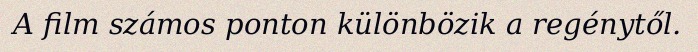
A film számos ponton különbözik a regénytől.